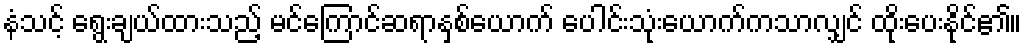
နံသင့် ရွေးချယ်ထားသည့် မင်ကြောင်ဆရာနှစ်ယောက် ပေါင်းသုံးယောက်ကသာလျှင် ထိုးပေးနိုင်၏။